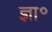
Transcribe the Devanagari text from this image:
ज्ञा॰